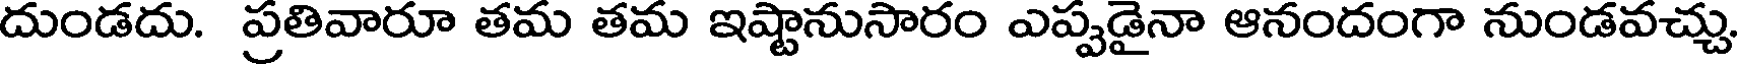
దుండదు. ప్రతివారూ తమ తమ ఇష్టానుసారం ఎప్పడైనా ఆనందంగా నుండవచ్చు